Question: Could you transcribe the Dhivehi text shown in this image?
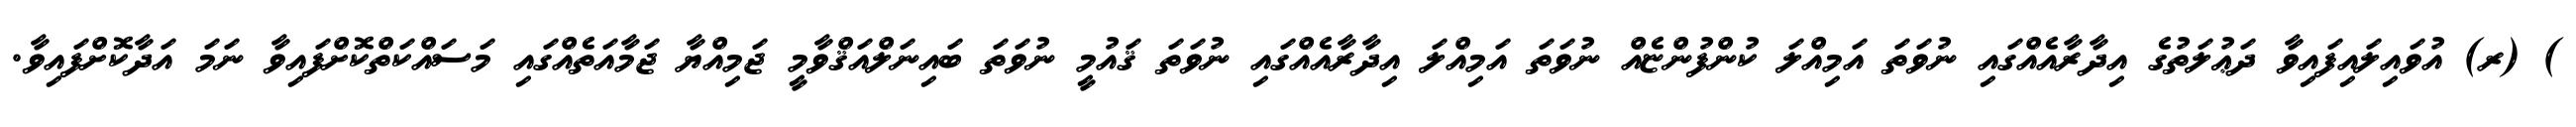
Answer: ) (ރ) އުވައިލައިފައިވާ ދަޢުލަތުގެ އިދާރާއެއްގައި ނުވަތަ އަމިއްލަ ކުންފުންޏެއް ނުވަތަ އަމިއްލަ އިދާރާއެއްގައި ނުވަތަ ޤައުމީ ނުވަތަ ބައިނަލްއަޤްވާމީ ޖަމިއްޔާ ޖަމާއަތެއްގައި މަސައްކަތްކޮށްފައިވާ ނަމަ އަދާކޮށްފައިވާ.